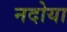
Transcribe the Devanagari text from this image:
नदोया